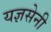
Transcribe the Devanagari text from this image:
यज्ञसेनी